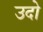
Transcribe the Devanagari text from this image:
उदो